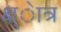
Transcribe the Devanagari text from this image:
क्ष्ेात्र